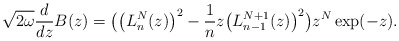
\begin{gather*} \sqrt{2\omega }\frac{d}{dz}B(z) =\big( \big( L_{n}^{N} ( z ) \big) ^{2}-\frac{1}{n}z\big( L_{n-1}^{N+1}(z) \big) ^{2}\big) z^{N}\exp (-z).\end{gather*}